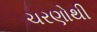
ચરણોથી